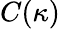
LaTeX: \displaystyle C(\kappa)